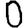
Digit: 0